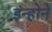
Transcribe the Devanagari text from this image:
इंन्होने